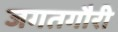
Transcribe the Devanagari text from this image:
जगतगौरी